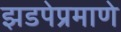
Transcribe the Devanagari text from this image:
झडपेप्रमाणे